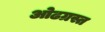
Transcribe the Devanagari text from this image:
ओढग्रस्त